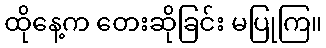
ထိုနေ့က တေးဆိုခြင်း မပြုကြ။